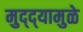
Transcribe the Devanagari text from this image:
मुद्‌द्‌यामुळे